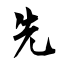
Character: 先